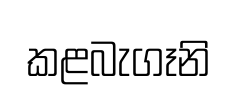
කළබැගෑනි